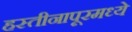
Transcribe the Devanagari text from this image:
हस्तीनापूरमध्ये